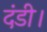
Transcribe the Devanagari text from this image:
दंडी।